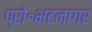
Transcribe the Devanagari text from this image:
प्रो॰भटनागर